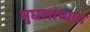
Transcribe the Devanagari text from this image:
मुघलांच्यात